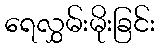
ရေလွှမ်းမိုးခြင်း